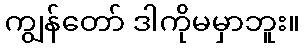
ကျွန်တော် ဒါကိုမမှာဘူး။